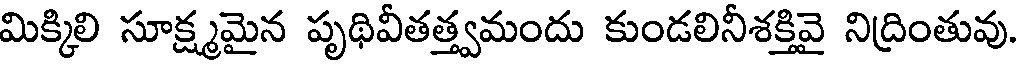
మిక్కిలి సూక్ష్మమైన పృథివీతత్త్వమందు కుండలినీశక్తివై నిద్రింతువు.